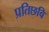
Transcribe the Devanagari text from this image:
प्रतिछवि